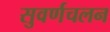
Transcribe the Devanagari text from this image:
सुवर्णचलन